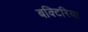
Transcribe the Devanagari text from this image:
बक्टिरिया